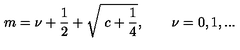
m = \nu + \frac { 1 } { 2 } + \sqrt { \ c + \frac { 1 } { 4 } } , \qquad \nu = 0 , 1 , . . .